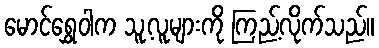
မောင်ရွှေဝါက သူ့လူများကို ကြည့်လိုက်သည်။